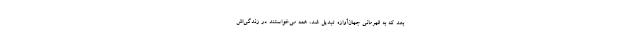
بعد که به قهرمانی جهان‌آوازه تبدیل شد، همه می‌خواستند در زندگی‌اش